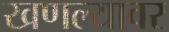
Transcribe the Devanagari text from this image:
खणल्यावर